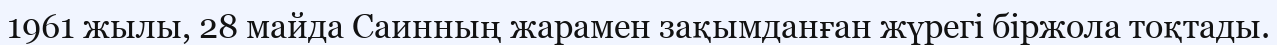
1961 жылы, 28 майда Саинның жарамен зақымданған жүрегі біржола тоқтады.